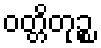
ဝတ္တိတုဉ္စ